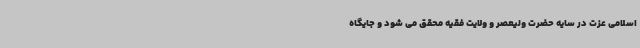
اسلامی عزت در سایه حضرت ولیعصر و ولایت فقیه محقق می شود و جایگاه